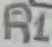
Text: R1